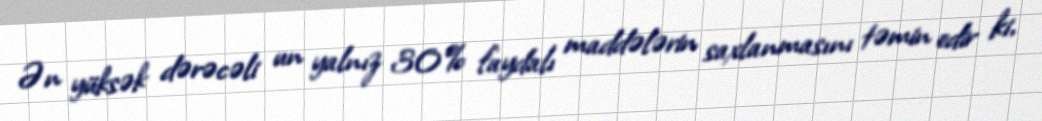
Ən yüksək dərəcəli un yalnız 30% faydalı maddələrin saxlanmasını təmin edir ki,